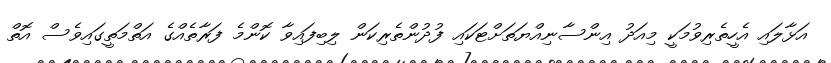
އަޅާލައި އެހީތެރިވުމަކީ މިއަދު އިންސާނިއްޔަތަށްޓަކައި ފުދުންތެރިކަން ލިބިފައިވާ ކޮންމެ ފަރާތެއްގެ އަތްމަތީގައިވެސް އޮތް